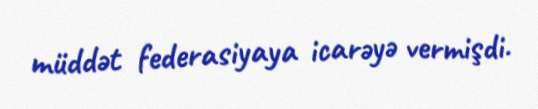
müddət federasiyaya icarəyə vermişdi.